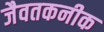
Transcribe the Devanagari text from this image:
जैवतकनीक